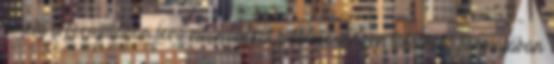
amely a formulában levő vitaminokat a természetben található formájában